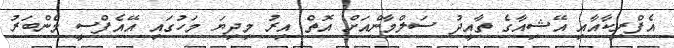
އެފްރިކާއާއި އޭޝިއާގެ ތާއީދު ސަލްމާންއަށް އޮތް އިރު މިދިޔަ މަހުގައި އޭއެފްސީ މެންބަރު